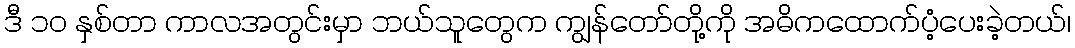
ဒီ ၁၀ နှစ်တာ ကာလအတွင်းမှာ ဘယ်သူတွေက ကျွန်တော်တို့ကို အဓိကထောက်ပံ့ပေးခဲ့တယ်၊